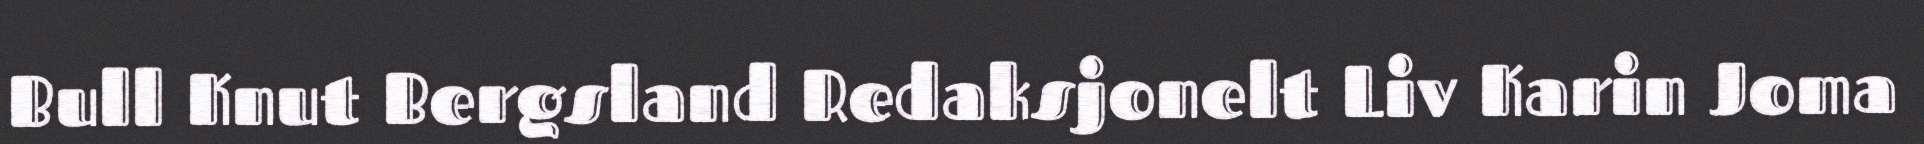
Bull Knut Bergsland Redaksjonelt Liv Karin Joma